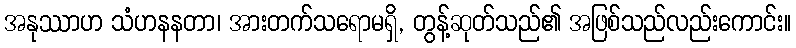
အနုဿာဟ သံဟနနတာ၊ အားတက်သရောမရှိ, တွန့်ဆုတ်သည်၏ အဖြစ်သည်လည်းကောင်း။